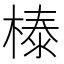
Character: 𣗘